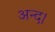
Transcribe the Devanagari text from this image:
अन्द।